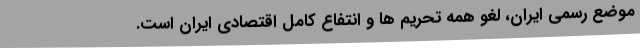
موضع رسمی ایران، لغو همه تحریم ها و انتفاع کامل اقتصادی ایران است.